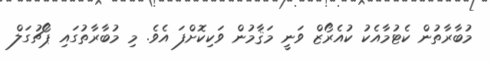
މުބާރާތުން ކެޓުމާއެކު ކުއެރޯޒް ވަނީ މަޤާމުން ވަކިކޮށްފަ އެވެ. މި މުބާރާތުގައި ޕޯޗުގަލް